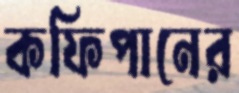
কফিপানের